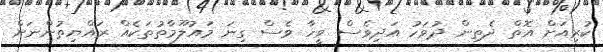
ކުރިއަށް އޮތް ދެތިން ދުވަހު އަދިވެސް ވީހާ ވެސް ގިނަ މައުލޫމާތުތަކެއް ރައްޔިތުންނަށް